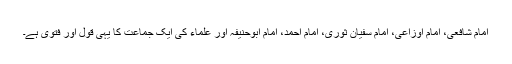
امام شافعی، امام اوزاعی، امام سفیان ثوری، امام احمد، امام ابوحنیفہ اور علماء کی ایک جماعت کا یہی قول اور فتویٰ ہے۔